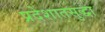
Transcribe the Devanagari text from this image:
प्रदेशातसुद्धा